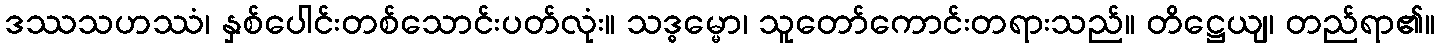
ဒဿသဟဿံ၊ နှစ်ပေါင်းတစ်သောင်းပတ်လုံး။ သဒ္ဓမ္မော၊ သူတော်ကောင်းတရားသည်။ တိဋ္ဌေယျ၊ တည်ရာ၏။